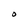
Character: O